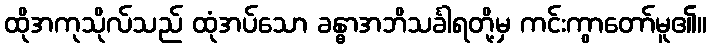
ထိုအကုသိုလ်သည် ထုံအပ်သော ခန္ဓာအဘိသင်္ခါရတို့မှ ကင်းကွာတော်မူ၏။